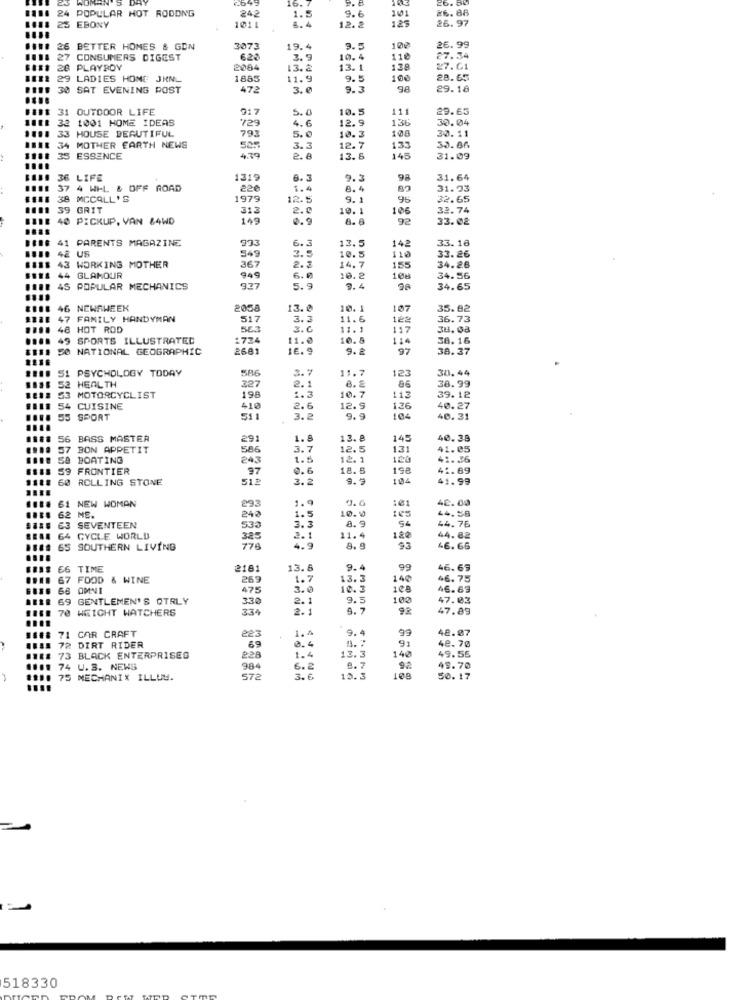
16.
26. 30
POPULAR HOT RODDNG
WOM
242
1.5
9.6
£6.88
101
125
26.97
25 EBONY
1011
6.4
12.2
26 BETTER HOMES & GDN
3073
19.4
9.5
102
26.99
27 CONSUMERS DIGEST
628
3.
10.4
110
27.34
28 PLAYBOY
2084
13.2
13. 1
128
27.61
29 LADIES HOME JRNL
1885
11.9
9.5
100
28. 65
30 SAT EVENING POST
472
3.6
9.3
98
29.18
31 OUTDOOR LIFE
5.
10.5
111
29.63
32 1001 HOME IDEAS
729
12.9
136
30.04
33 HOUSE BEAUTIFUL
793
4.6
10.3
108
30.11
5.0
34 MOTHER EARTH NEWS
525
3.3
12.7
133
33.86
35 ESSENCE
4.79
2.8
13. 6
145
31.09
36 LIFE
1319
9.2
98
31.64
37 4 WHL & OFF ROAD
220
1.4
8. 4
31.23
38 MCCALL'S
1979
12.5
9. 1
95
32.65
39 GRIT
313
2.0
10.1
106
32.74
40 PICKUP, VAN &4WD
149
0.9
8.6
92
33.02
41 PARENTS MAGAZINE
993
13.5
142
33.18
42 US
6. 3
33.26
43 WORKING MOTHER
549
3.5
10.5
110
44 GLAMOUR
367
2.3
14.7
155
34.26
949
6.
10.2
108
34.56
4S POPULAR MECHANICS
9.27
5.9
0.4
98
34.65
....
46 NEWSWEEK
2058
13.0
10. 1
107
35.92
47 FAMILY HANDYMAN
517
3.
11.6
122
36.73
48 HOT ROD
563
3.6
11. 1
117
38. 08
49 SPORTS ILLUSTRATED
1724
11.0
10.5
114
38.16
50 NATIONAL GEOGRAPHIC
2681
16.9
97
38.37
51 PSYCHOLOGY TODAY
3.
11.7
30.44
52 HEALTH
327
123
38.99
2.
86
1218 53
MOTORCYCLIST
198
1.3
10.7
113
39. 12
4 CUISINE
410
2.6
12.9
126
40.27
55
SPORT
511
3.2
9.9
104
40.31
56 BASS MASTER
291
1.8
13. 8
145
40.38
57 BON APPETIT
586
3.7
12.5
131
41.05
SA BOATING
24.
1.
12. 1
41.36
59 FRONTIER
97
0.6
18.5
198
41.69
60 ROLLING STONE
51
3.2
9.9
104
41.99
8 61 NEW WOMAN
9.6
:01
42.00
293
1.
10.0
145
44.58
. 62 MS.
240
1.
8. 9
54
44.76
E3 SEVENTEEN
533
3.3
120
64 CYCLE WORLD
325
2.1
11.4
44.82
## 65 SOUTHERN LIVING
4.9
8. 9
93
46.66
EG TIME
2161
13.5
9.4
99
46.69
67 FOOD & WINE
269
1.7
13.3
140
46.75
66 OMNI
475
3.0
10.3
108
46.63
69 GENTLEMEN'S OTRLY
330
2.1
9.5
100
47.03
70 WEIGHT WATCHERS
334
2.
9.7
92
47.89
71 CAR CRAFT
223
1.4
9.4
48.87
1 72 DIRT RIDER
2.4
91
12.3
140
48.70
49.55
73 BLACK ENTERPRISES
1.4
74 U.S. NEWS
984
6.2
e. 7
92
49.70
75 MECHANIX ILLUM.
572
3.6
12.3
108
50. 17
518330